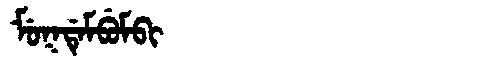
Manchu: ᠮᡠᡴᡩᡝᠮᠪᡠᠮᠪᡳ
Romanization: MUKDEMBUMBI